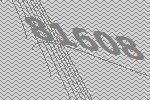
81608